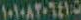
١٠١٠٨٢٠٦٤١٥